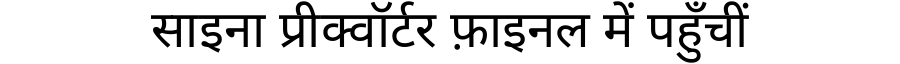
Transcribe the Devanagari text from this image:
साइना प्रीक्वॉर्टर फ़ाइनल में पहुँचीं